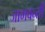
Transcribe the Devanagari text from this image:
जामवन्ती